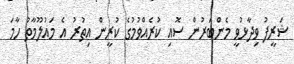
ޝަރީފު ވިދާޅުވީ މެންބަރުން ސޮއި ކުރެއްވުމުގެ ކުރީން އިތުރު އެ މައުލޫމާތު ހާމަ